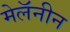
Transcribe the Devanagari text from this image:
मेलॅनीन